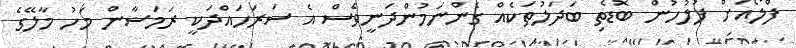
ފްލޯއަށް ފުލުހުން ބޮޑެތި ބަދަލުތަކެއް ގެންނަމުންދަނީވެސް އެ ސަރަހައްދަކީ ރަމަޟާން މަހު މާލޭގެ